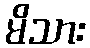
မိသား